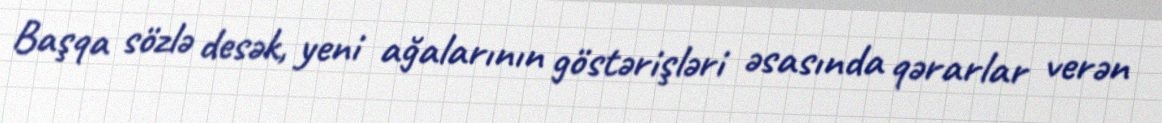
Başqa sözlə desək, yeni ağalarının göstərişləri əsasında qərarlar verən